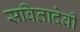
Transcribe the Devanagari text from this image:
सवितादेवी